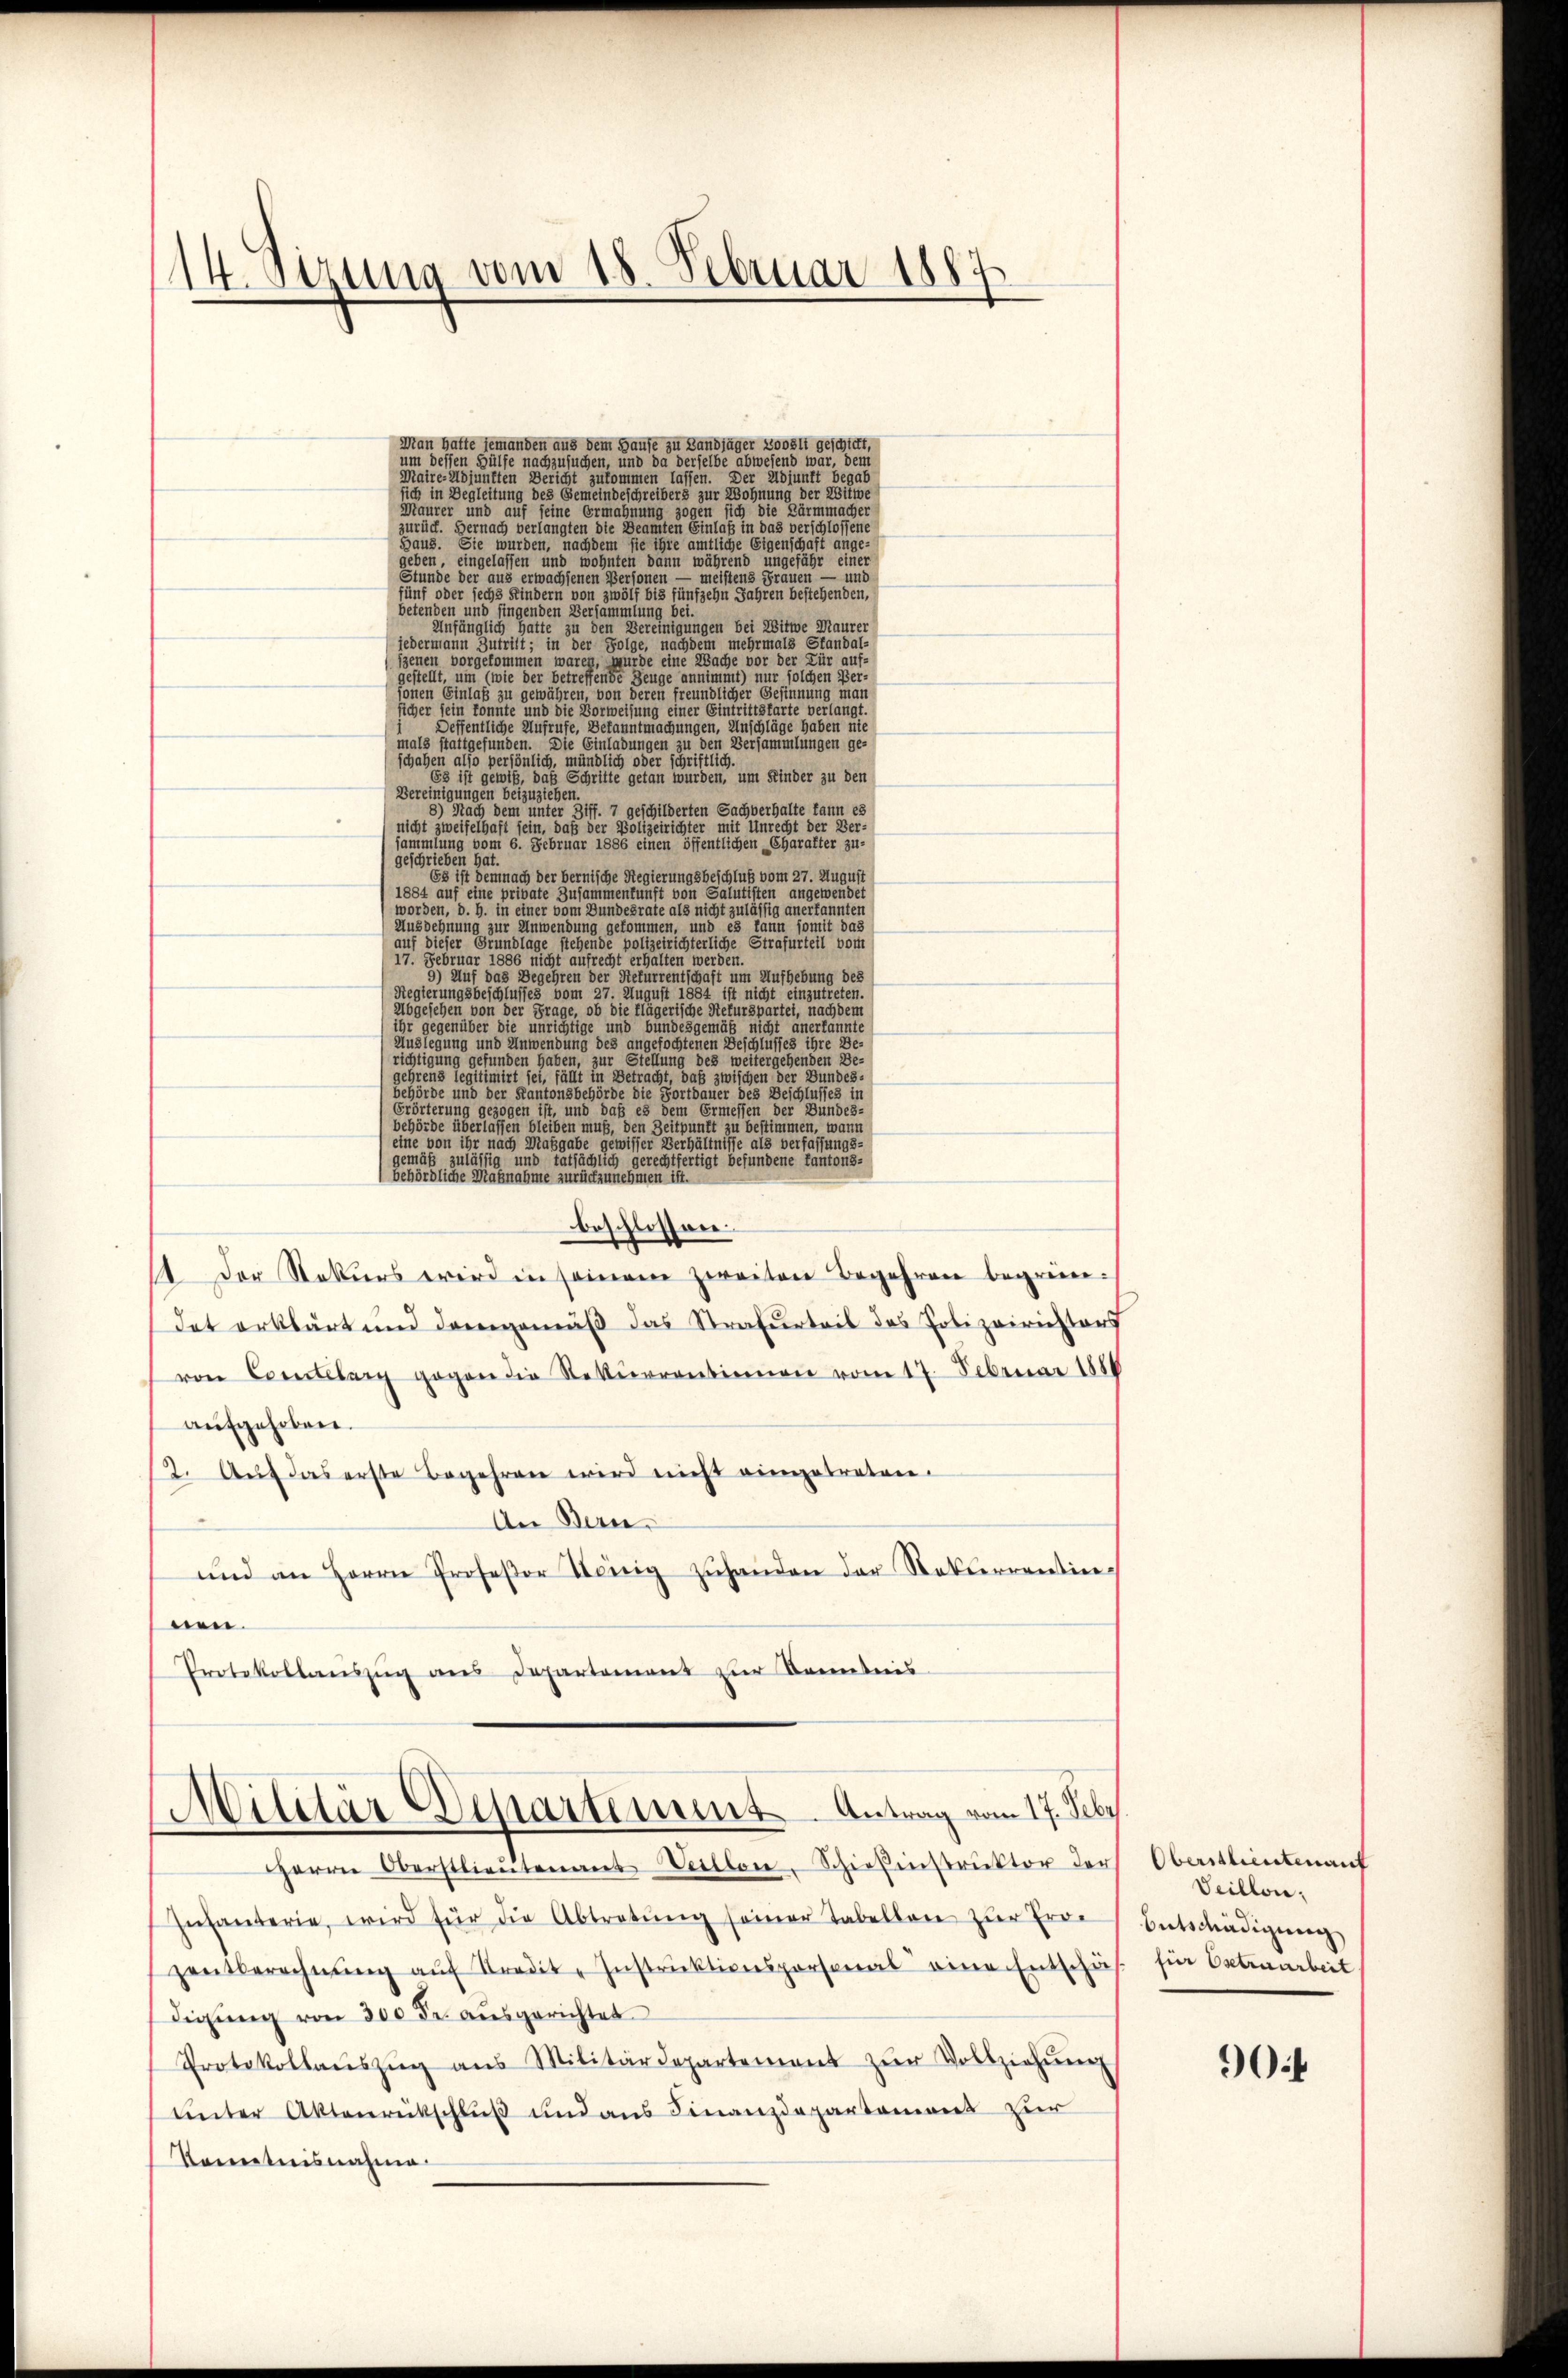
14. Sizung vom 18. Februar 1887

Man hatte jemanden aus dem Hause zu Landjäger Boost geschickt,
um dessen Hülfe nachzusuchen, und da derselbe abwesend war, dem
Maire-Adjunkten Bericht zukommen lassen. Der Adjunft begab
sich in Begleitung des Gemeindeschreiber zur Wohnung der Witwe
staurer und auf seine Ermahnung zogen sich die Bärmmacher
urück. Hernach verlängten die Beamten Einlaß in das verschlossene
Haus. Sie wurden, nachdem sie ihre amtliche Eigenschaft angeeben, eingelassen und wohnten dann während ungefähr einer
Stunde der aus erwächsenen Personen
meistens Frauen — und
fünf oder sechs Kindern von zwölf bis fünfzehn Jahren bestehenden,
betenden und fingenden Versammlung bei.
Infänglich hatte zu den Vereinigungen bei Witwe Maurer
jedermann Zutritt; in der Folge, nachdem mehrmals Standal-
zenen vorgekommen waren, wurde eine Wache vor der Kür auf-
gestellt, um (wie der betreffende Zeuge annimmt) nur solchen Bei-
ionen Einlaß zu gewähren, von deren freundlicher Gesinnung man
licher sein könnte und die Vorweisung einer Eintrittstarte verlangt.
Seffentliche Aufrufe, Bekanntmachungen, Unschläge haben nie
mals stattgefunden. Die Eintreten bei einen geeigneten zu den Versammlungen geschahen also persönlich, mündlich oder schriftlich.
58 ist gewiß
Schritte getan wurden, um Kinder zu den
Bereinigungen beizuziehen.
 eigen dem unter Ziff. 7 geschilderten Sachverhalte kann es
nicht zweifelhaft sein, daß der Polizeirichter mit Unrecht der Ver-
sammlung vom 6. Februar 1886 einen öffentlichen Charakter zu-
geschrieben hat.
Es ist demnach der bernische Regierungsbeschluß vom 27. Augus
1884 auf eine private Zusammenkunft von Salutisten angewende
worden, d. h. in einer vom Bundesrate als nicht zulässig anerkannter
Aussegnung zur Einwendung gekommen, und es kann, so weite da
auf dieser Grundlage stehende Polizeirichterliche G
iit vo
werde
17. Februar 1886 eine aufrecht erhalten
um Aufhebung des
5) Auf das Begehren der di
ten
Regierungsbeschlusses vom 27
Abgesehen von der Frage, ob die
¬
ige gegenüber die undige und
n
a
Auslegung und Anwendung des
schtenen Beschl
e
richtigung gefunden haben, zur Stellung de
gehrens legitimierte sie hat in
behörde in den seine autor
u
Grörterung gezogen ist,
behörde überlassen bleiben i
bann
an98.
eine von ihr nach Maßgabe
gemäß zulässig und Tatsächs
n

behördliche Magnahme zurückzunehmen ist.
beschloßene
1. Der Rekurs wird in seinem Bereiten Begehren begründet erklärt und demgemäß das Strafurteil des Polizeiristors
von Comitelary gegen die Rekurrentiemen vom 17. Februar 1880
aufgehoben.
12. Auf das erste Begehren wird nicht eingetreten
An Bern
und an Herrn Protokor König zŭhanden der Rekurrentin-
nen.
Protokollaŭszŭg ans Departement zur Beamtes

Militar Departement Antrag vom 17. Seber

Herrn Oberstlieutenant Weillon-Schiekinstrŭktor der
Intanterie, wird für die Abtretŭng seiner Tabelbar zur Erde Entschädigung
vetberechnŭng aŭf Stradi Instruktionsportonal eine Entschäf-
digŭng von 300 Fr. aŭsgerichtet
Protokollaŭszŭg ans Militärdepartement zŭr Vollziehung
ŭnter Aktenrückschlŭβ und ans Finanzdepartament zur
Kenntnisnahme

Oberstlieutenant
Veillon,
für Estriarbeit

90